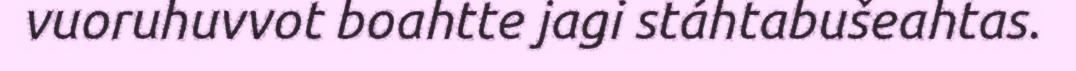
vuoruhuvvot boahtte jagi stáhtabušeahtas.